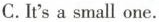
C.It's a small one.